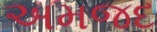
અમજદ